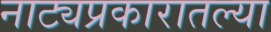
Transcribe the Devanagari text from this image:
नाट्यप्रकारातल्या